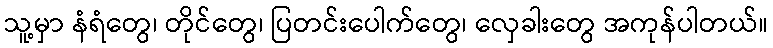
သူ့မှာ နံရံတွေ၊ တိုင်တွေ၊ ပြတင်းပေါက်တွေ၊ လှေခါးတွေ အကုန်ပါတယ်။